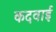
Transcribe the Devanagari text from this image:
कदवाई